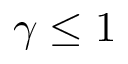
\gamma \leq 1